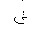
Letter: _shin